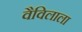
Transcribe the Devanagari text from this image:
वैविलाला